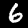
Label: 6